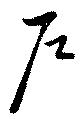
戸